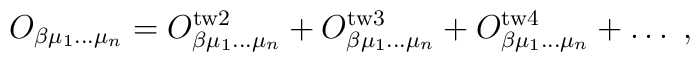
O_{\beta\mu_1\ldots\mu_n}=O^{\mathrm{tw2}}_{\beta\mu_1\ldots\mu_n}+O^{\mathrm{tw3}}_{\beta\mu_1\ldots\mu_n}+O^{\mathrm{tw4}}_{\beta\mu_1\ldots\mu_n}+\ldots \;,